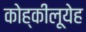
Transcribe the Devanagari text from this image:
कोह्कीलूयेह